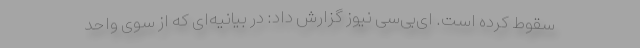
سقوط کرده است. ای‌بی‌سی نیوز گزارش داد: در بیانیه‌ای که از سوی واحد